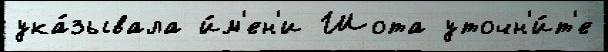
ука́зывала и́м'ен'и Шота уточн'и́т'е